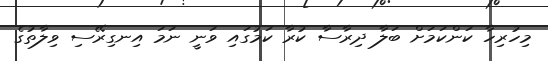
މިހުރިހާ ކަންކަމަށް ބަލާ ދިރާސާ ކުރާ ކަމުގައި ވަނީ ނަމަ އިނގިރޭސި ވިލާތުގެ